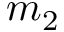
m _ { 2 }